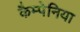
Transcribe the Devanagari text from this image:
कैम्पेनिया